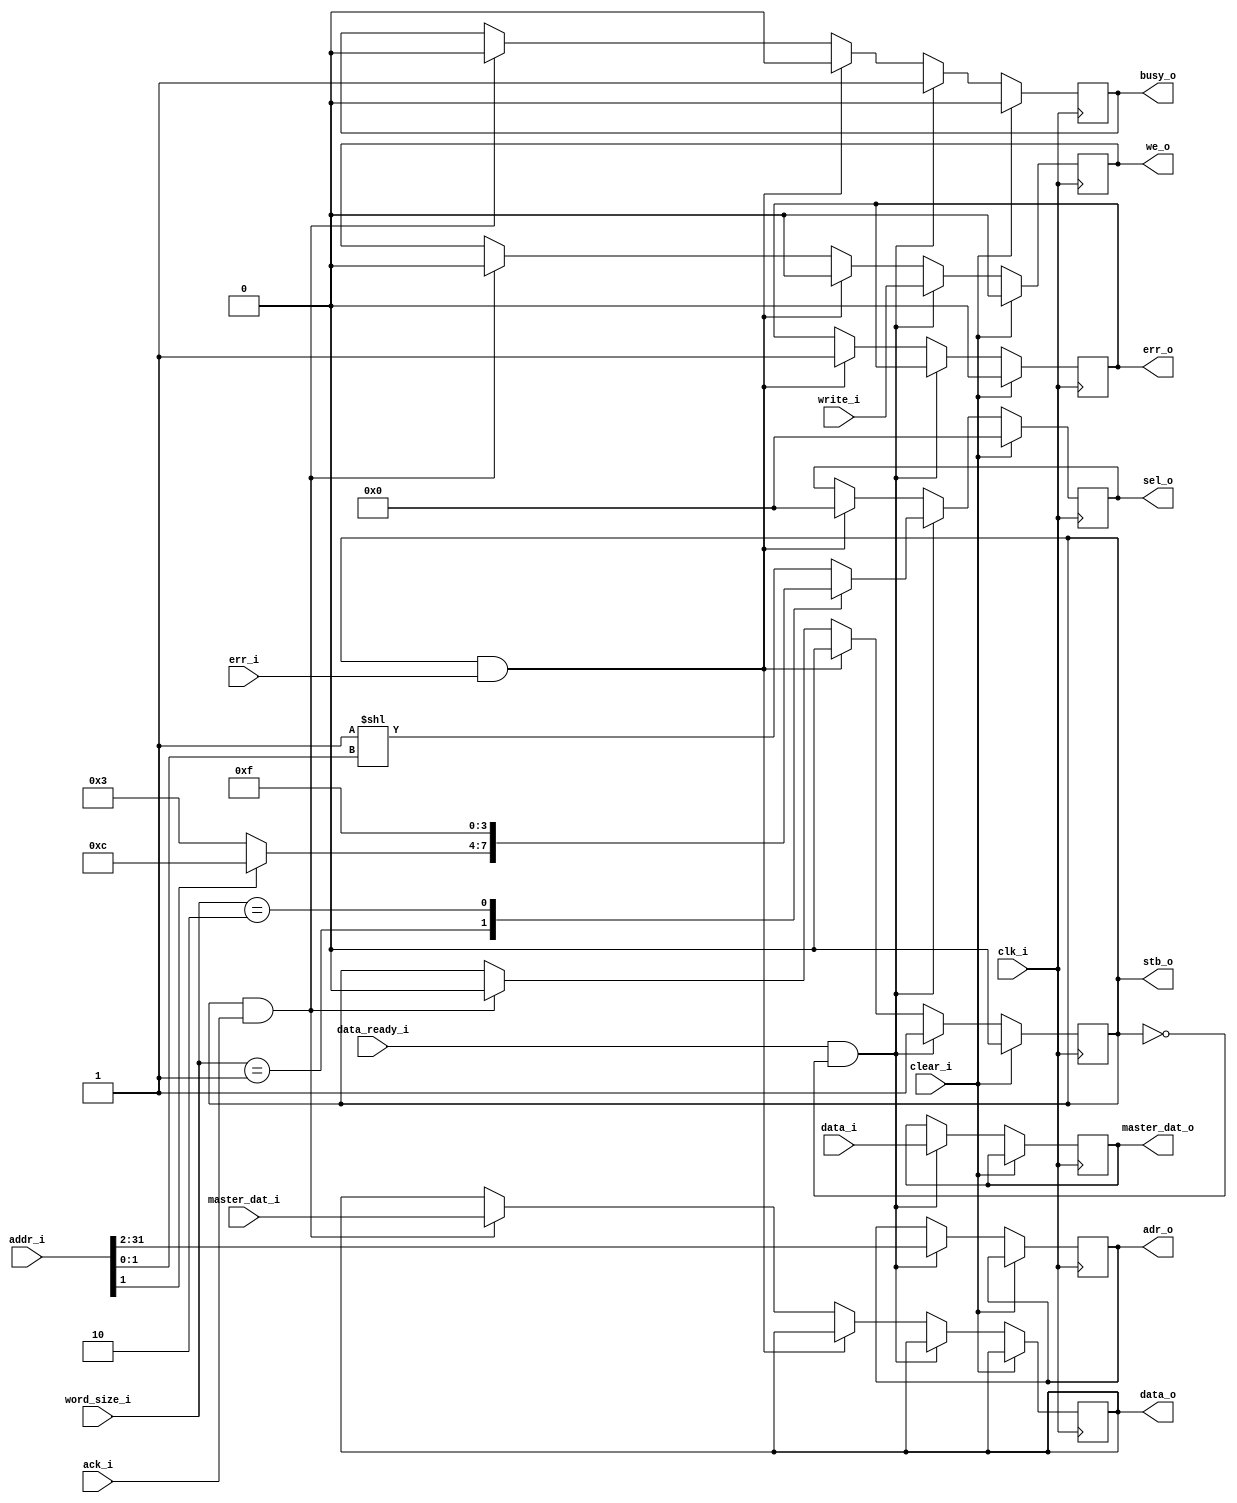
`ifndef RV32IM_MEMORY_GUARD
`define RV32IM_MEMORY_GUARD

module rv32im_memory
  #(
    parameter XLEN = 32
  )
  (
    input wire clk_i,

    input wire clear_i,
    input wire data_ready_i,

    input wire [XLEN-1:0] data_i,
    output reg [XLEN-1:0] data_o,
    input wire [XLEN-1:0] addr_i,
    input wire [1:0] word_size_i,
    input wire write_i,
    output reg busy_o,

    output reg err_o,

    // Wishbone Master signals
    input wire [XLEN-1:0] master_dat_i,
    output reg [XLEN-1:0] master_dat_o,
    input wire ack_i,
    output reg [XLEN-1:2] adr_o, // XLEN sized address space with byte granularity
                                  // NOTE -- the slave will only have a port as large as its address space
    // input wire stall_i,
    input wire err_i,
    output reg [3:0] sel_o,
    output reg stb_o,
    output reg we_o
  );

  // NOTE -- misaligned addresses are silently ignored atm
  // NOTE -- sel doesn't actually set the bit position for reads
  // TODO -- make sel behavior align with spec
  // (i.e. 4'b1000 means put a byte with offset 3 in the lowest 8 bits)
  reg [3:0] sel;
  always @(*) begin
    case (word_size_i)
      default: sel = 4'b0001 << addr_i[1:0]; // byte
      2'b01: sel = addr_i[1] ? 4'b1100 : 4'b0011; // half-word
      2'b10: sel = 4'b1111; // word
    endcase
  end

  always @(posedge clk_i) begin
    if (clear_i) begin
      stb_o <= 1'b0;
      sel_o <= 0;
      we_o <= 1'b0;
      busy_o <= 1'b0;
      err_o <= 1'b0;
    end else if (data_ready_i & ~stb_o) begin
      busy_o <= 1'b1;
      adr_o <= addr_i[XLEN-1:2];
      sel_o <= sel;
      stb_o <= 1'b1;
      master_dat_o <= data_i;
      we_o <= write_i;
    end else if (stb_o & err_i) begin
      // an error occurred and the transaction is immediately cancelled
      stb_o <= 1'b0;
      sel_o <= 0;
      we_o <= 1'b0;
      busy_o <= 1'b0;
      err_o <= 1'b1;
    end else if (stb_o & ack_i) begin
      // transaction complete
      stb_o <= 1'b0;
      busy_o <= 1'b0;
      we_o <= 1'b0;
      data_o <= master_dat_i;
    end
  end

  `ifdef FORMAL
    reg  timeValid_f;
    initial timeValid_f = 0;
    always @(posedge clk_i)
      timeValid_f <= 1;

    always @(*)
      assume(clear_i == ~timeValid_f);

    always @(posedge clk_i) begin
      // A clear signal will always immediately reset the logic to a standby state
      if (timeValid_f & $past(timeValid_f) & $past(clear_i)) begin
        assert(stb_o == 1'b0);
        assert(sel_o == 0);
        assert(we_o == 1'b0);
        assert(busy_o == 1'b0);
        assert(err_o == 1'b0);
      end

      // An ack input while the strobe output is high will always complete a transaction
      if (timeValid_f & $past(timeValid_f) & $past(stb_o & ack_i & ~err_i)) begin
        assert(stb_o == 0);
        assert(busy_o == 0);
        assert(we_o == 0);
        assert(data_o == $past(master_dat_i));
      end

      // An error input while the strobe output is high will always complete a transaction
      // and raise an error flag
      if (timeValid_f & $past(timeValid_f) & $past(stb_o & err_i)) begin
        assert(stb_o == 0);
        assert(busy_o == 0);
        assert(we_o == 0);
        // We don't care what the output data is in case of error
        // assert(data_o == $past(master_dat_i));
        assert(err_o == 1'b1);
      end

      // let's be explicit just to be doubly sure
      if (timeValid_f & $past(timeValid_f) & $past(~stb_o & data_ready_i)) begin
        if ($past(word_size_i) == 2'b01) begin
          // TODO -- we acknowledge here that misaligned reads
          // will simply fail to behave as expected
          if ($past(addr_i[1:0]) == 0 || $past(addr_i[1:0]) == 1)
            assert(sel_o == 4'b0011);
          else
            assert(sel_o == 4'b1100);
        end else if ($past(word_size_i) == 2'b10) begin
          assert(sel_o == 4'b1111);
        end else begin // should fall under 2'b00
          if ($past(addr_i[1:0]) == 0)
            assert(sel_o == 4'b0001);
          else if ($past(addr_i[1:0]) == 1)
            assert(sel_o == 4'b0010);
          else if ($past(addr_i[1:0]) == 2)
            assert(sel_o == 4'b0100);
          else if ($past(addr_i[1:0]) == 3)
            assert(sel_o == 4'b1000);
        end
      end

    end

  `endif


endmodule

`endif // RV32IM_MEMORY_GUARD